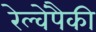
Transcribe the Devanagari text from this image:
रेल्वेंपैकी